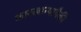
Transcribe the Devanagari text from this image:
कारखान्यापैकी